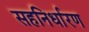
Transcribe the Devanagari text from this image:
सहनिर्धारण